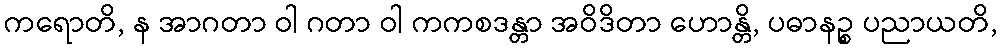
ကရောတိ, န အာဂတာ ဝါ ဂတာ ဝါ ကကစဒန္တာ အဝိဒိတာ ဟောန္တိ, ပဓာနဉ္စ ပညာယတိ,